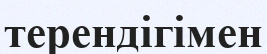
терендігімен